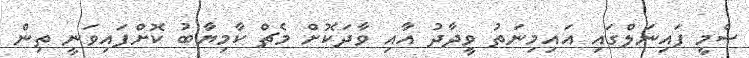
ސެމީ ފައިނަލްގައި އައިމިނަތު ވީދާދު އާއި ވާދަކޮށް މެޗް ކާމިޔާބު ކޮށްފައިވަނީ ތިން